Regulations for the medical services of the Army of India
Year: 1930
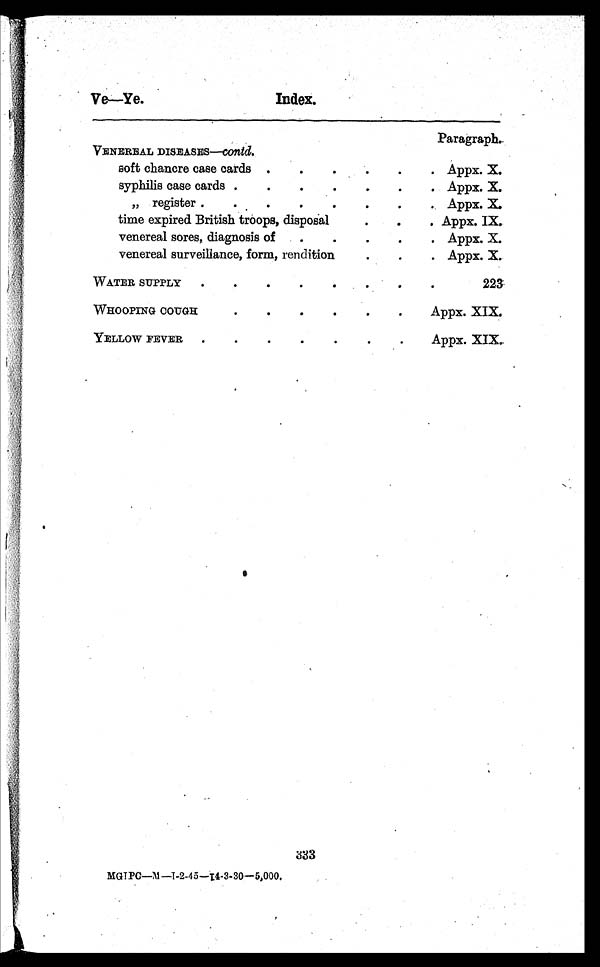
Ve—Ye.
Index.
Paragraph.
VENEREAL DISEASES—contd.
soft chancre case cards . . .
Appx. X.
syphilis case cards . . .
Appx. X.
syphilis register . . .
Appx. X.
time expired British troops, disposal . . .
Appx. IX.
venereal sores, diagnosis of . . .
Appx. X.
venereal surveillance, form, rendition . . .
Appx. X.
WATER SUPPLY . . .
223
WHOOPING COUGH . . .
Appx. XIX.
YELLOW FEVER . . .
Appx. XIX.
333
MGTPC—M—1-2-45—I4-3-30—5,000.